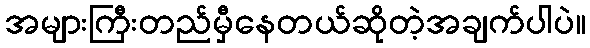
အများကြီးတည်မှီနေတယ်ဆိုတဲ့အချက်ပါပဲ။